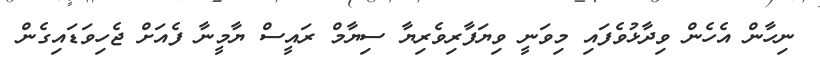
ނިހާން އެހެން ވިދާޅުވެފައި މިވަނީ ވިޔަފާރިވެރިޔާ ސިޔާމް ރައީސް ޔާމީނާ ފެއަށް ޖެހިވަޑައިގެން